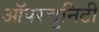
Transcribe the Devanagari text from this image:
ऑपरचुनिटी